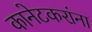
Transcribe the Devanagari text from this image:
कानेटकरांना